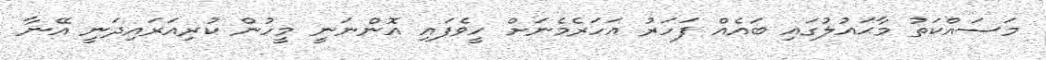
މަސައްކަތު މާޙައުލުގައި ބައެއް ފަހަރު އަހަރެމެނަށް ހީވެފައި އޮންނަނީ މީހުން ކުރިއަރައިދަނީ އޭނާ